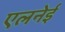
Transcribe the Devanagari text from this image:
एलनेई